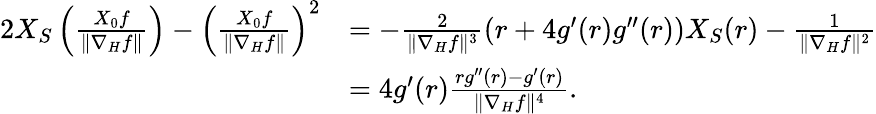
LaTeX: \begin{array}{rl}{2X_{S}\left(\frac{X_{0}f}{\| \nabla_{H}f\| }\right)-\left(\frac{X_{0}f}{\| \nabla_{H}f\| }\right)^{2}}&{=-\frac{2}{\| \nabla_{H}f\| ^{3}}\left(r+4g^{\prime}(r)g^{\prime\prime}(r)\right)X_{S}(r)-\frac{1}{\| \nabla_{H}f\| ^{2}}}\\ &{=4g^{\prime}(r)\frac{rg^{\prime\prime}(r)-g^{\prime}(r)}{\| \nabla_{H}f\| ^{4}}.}\end{array}